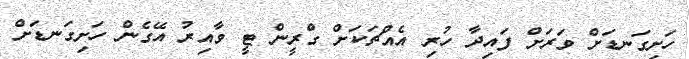
ހަށިގަނޑަށް ވަރަށް ފައިދާ ހުރި އެއްޗަކަށް ގްރީން ޓީ ވާއިރު އޭގެން ހަށިގަނޑަށް